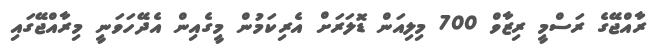
ރާއްޖޭގެ ރަސްމީ ރިޒާވް 700 މިލިއަން ޑޮލަރަށް އެރިކަމުން މީގެއިން އެދޭހަވަނީ މިރާއްޖޭގައި